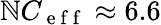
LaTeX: \mathbb{N}C_{\mathrm{{~e~f~f~}}}\approx6.6